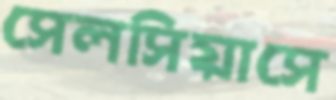
সেলসিয়াসে